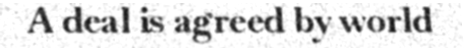
A deal is agreed by world